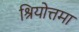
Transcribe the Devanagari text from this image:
श्रियोत्तमा